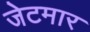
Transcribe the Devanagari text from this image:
जेटमार